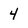
Character: 4